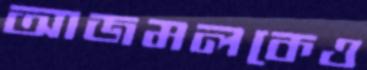
আজমলকেও